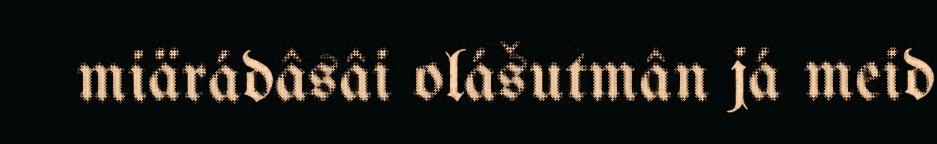
miärádâsâi olášutmân já meid